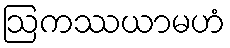
ဩကဿယာမဟံ